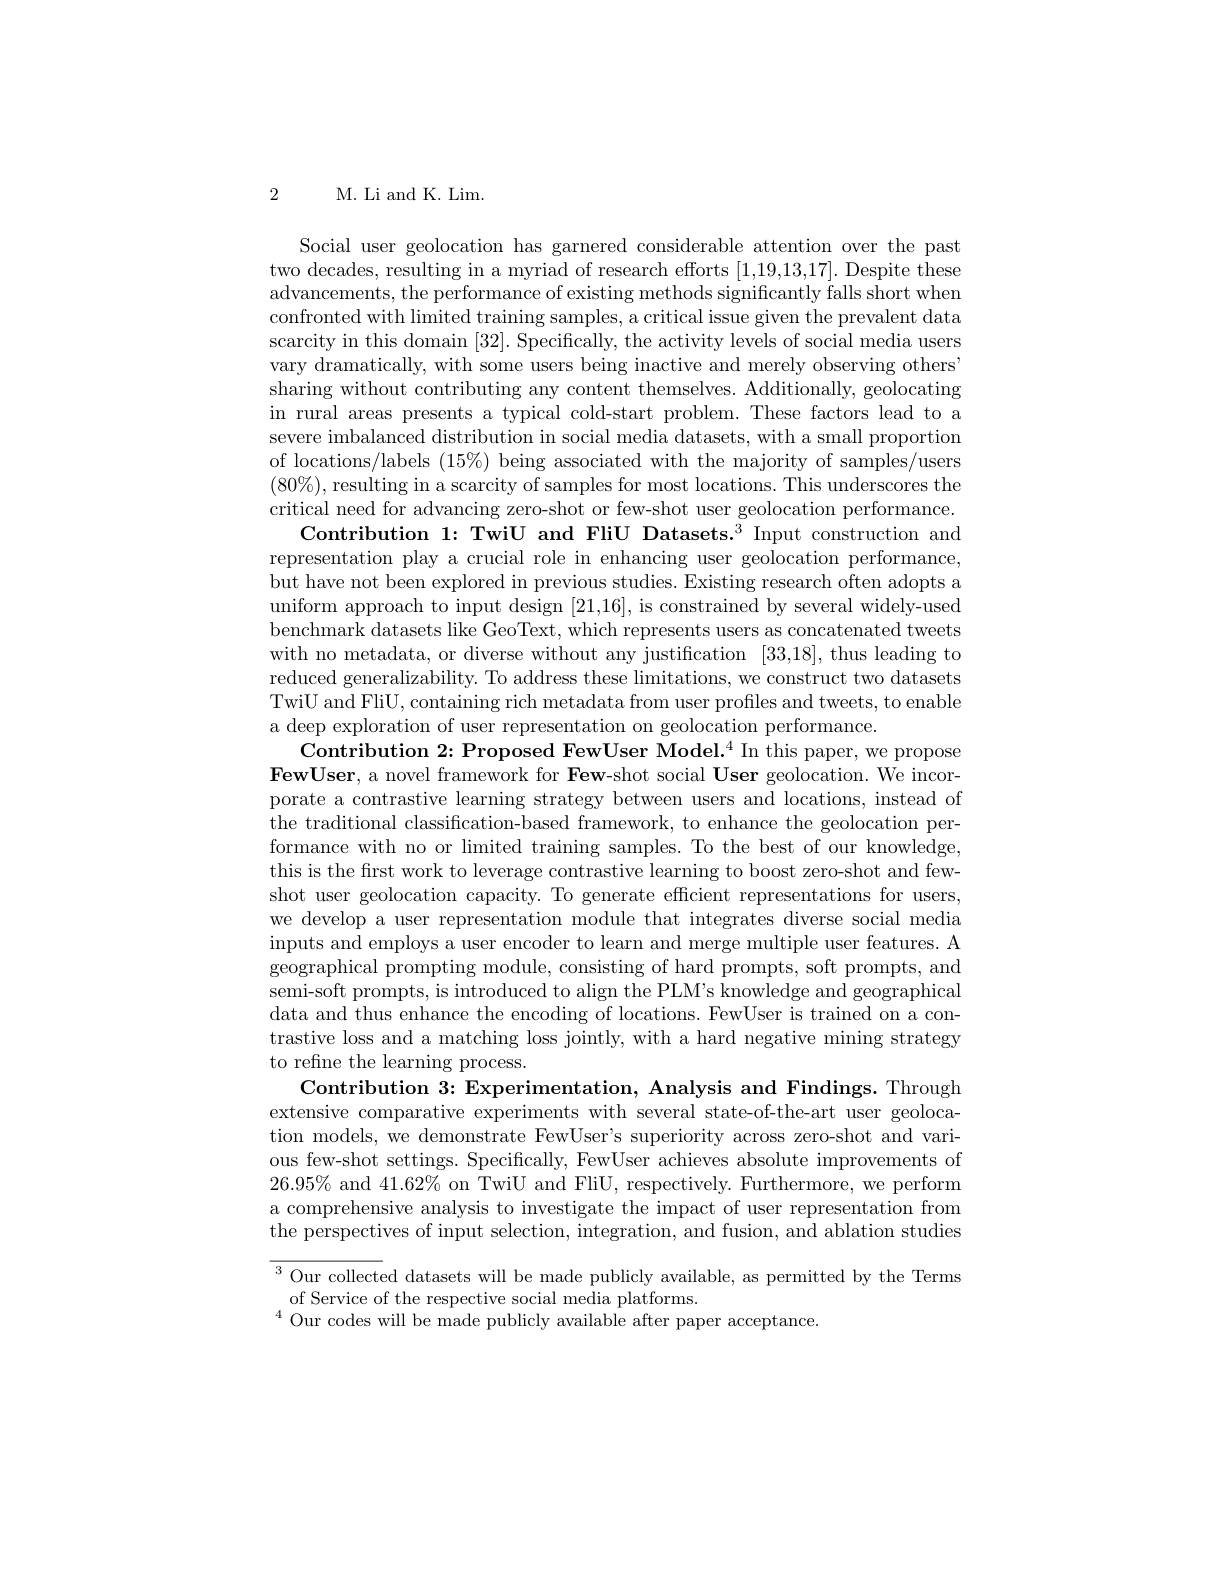
2 M. Li and K. Lim.

Social user geolocation has garnered considerable attention over the past two decades, resulting in a myriad of research efforts [1,19,13,17]. Despite these advancements, the performance of existing methods significantly falls short when confronted with limited training samples, a critical issue given the prevalent data scarcity in this domain [32]. Specifically, the activity levels of social media users vary dramatically, with some users being inactive and merely observing others" sharing without contributing any content themselves. Additionally, geolocating in rural areas presents a typical cold-start problem. These factors lead to a severe imbalanced distribution in social media datasets, with a small proportion of locations/labels $(15\%)$ being associated with the majority of samples/users $(80\%)$, resulting in a scarcity of samples for most locations. This underscores the critical need for advancing zero-shot or few-shot user geolocation performance.
Contribution 1:TwiU and FliU Datasets.$^3$ Input construction and representation play a crucial role in enhancing user geolocation performance, but have not been explored in previous studies. Existing research often adopts a uniform approach to input design [21,16], is constrained by several widely-used benchmark datasets like GeoText, which represents users as concatenated tweets with no metadata, or diverse without any justification [33,18], thus leading to reduced generalizability. To address these limitations, we construct two datasets TwiU and FliU, containing rich metadata from user profiles and tweets, to enable a deep exploration of user representation on geolocation performance.
Contribution 2: Proposed FewUser Model.$^4$ In this paper, we propose FewUser, a novel framework for Few-shot social User geolocation. We incorporate a contrastive learning strategy between users and locations, instead of the traditional classification-based framework, to enhance the geolocation performance with no or limited training samples. To the best of our knowledge, this is the first work to leverage contrastive learning to boost zero-shot and fewshot user geolocation capacity. To generate efficient representations for users, we develop a user representation module that integrates diverse social media inputs and employs a user encoder to learn and merge multiple user features. A geographical prompting module, consisting of hard prompts, soft prompts, and semi-soft prompts, is introduced to align the PLM's knowledge and geographical data and thus enhance the encoding of locations. FewUser is trained on a contrastive loss and a matching loss jointly, with a hard negative mining strategy to refine the learning process.
Contribution $3{:\text{Experimentation, Analysis and Findings. Through}}$ extensive comparative experiments with several state-of-the-art user geolocation models, we demonstrate FewUser's superiority across zero-shot and various few-shot settings. Specifically, FewUser achieves absolute improvements of $26.95\%$ and $41.62\%$ on TwiU and FliU, respectively. Furthermore, we perform a comprehensive analysis to investigate the impact of user representation from the perspectives of input selection, integration, and fusion, and ablation studies ${\overline{^{3}\text{Our collected datasets will be made publicly available, as permitted by the Terms}}}$ of Service of the respective social media platforms.
$^{4}$Our codes will be made publicly available after paper acceptance.